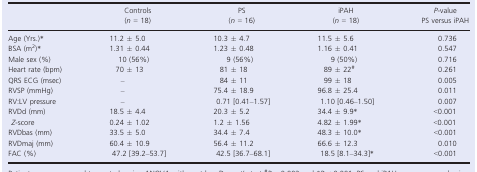
|  | Controls (n = 18) | PS (n = 16) | iPAH (n = 18) | P‐value PS versus iPAH |
 | --- | --- | --- | --- | --- |
 | Age (Yrs.)* | 11.2 ± 5.0 | 10.3 ± 4.7 | 11.5 ± 5.6 | 0.736 |
 | BSA (m2)* | 1.31 ± 0.44 | 1.23 ± 0.48 | 1.16 ± 0.41 | 0.547 |
 | Male sex (%) | 10 (56%) | 9 (56%) | 9 (50%) | 0.716 |
 | Heart rate (bpm) | 70 ± 13 | 81 ± 18 | 89 ± 22# | 0.261 |
 | QRS ECG (msec) | – | 84 ± 11 | 99 ± 18 | 0.005 |
 | RVSP (mmHg) | – | 75.4 ± 18.9 | 96.8 ± 25.4 | 0.011 |
 | RV:LV pressure | – | 0.71 [0.41–1.57] | 1.10 [0.46–1.50] | 0.007 |
 | RVDd (mm)Z‐score | 18.5 ± 4.40.24 ± 1.02 | 20.3 ± 5.21.2 ± 1.56 | 34.4 ± 9.9*4.82 ± 1.99* | <0.001<0.001 |
 | RVDbas (mm) | 33.5 ± 5.0 | 34.4 ± 7.4 | 48.3 ± 10.0* | <0.001 |
 | RVDmaj (mm) | 60.4 ± 10.9 | 56.4 ± 11.2 | 66.6 ± 12.3 | 0.010 |
 | FAC (%) | 47.2 [39.2–53.7] | 42.5 [36.7–68.1] | 18.5 [8.1–34.3]* | <0.001 |